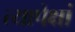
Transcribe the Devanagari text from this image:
त्यापेक्षां